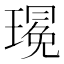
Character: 𪼚